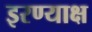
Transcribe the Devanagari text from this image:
इरण्याक्ष